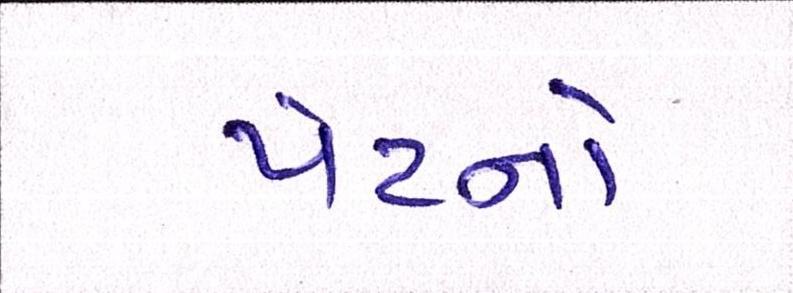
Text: પેટનો